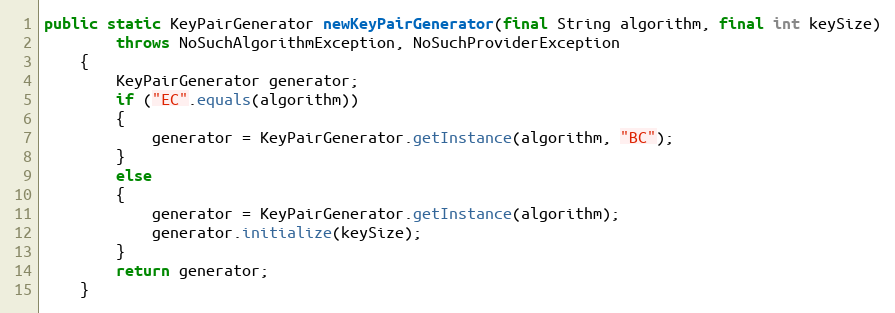
Language: Java
public static KeyPairGenerator newKeyPairGenerator(final String algorithm, final int keySize)
		throws NoSuchAlgorithmException, NoSuchProviderException
	{
		KeyPairGenerator generator;
		if ("EC".equals(algorithm))
		{
			generator = KeyPairGenerator.getInstance(algorithm, "BC");
		}
		else
		{
			generator = KeyPairGenerator.getInstance(algorithm);
			generator.initialize(keySize);
		}
		return generator;
	}